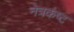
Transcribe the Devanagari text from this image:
नेत्रकष्ट